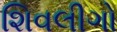
શિવલીગો